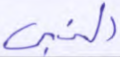
النبي